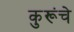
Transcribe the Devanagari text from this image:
कुरूंचे